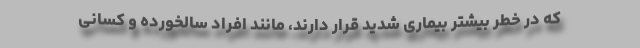
که در خطر بیشتر بیماری شدید قرار دارند، مانند افراد سالخورده و کسانی